Madras plague regulations in force outside the Presidency town - Volume 5
Disease focus: Plague
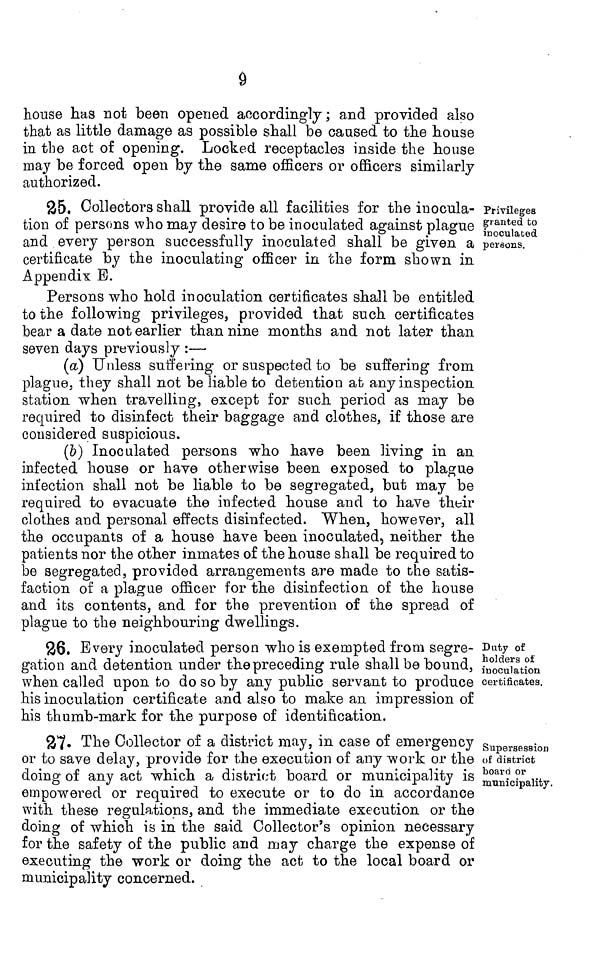
9
house has not been opened accordingly; and provided also
that as little damage as possible shall be caused to the house
in the act of opening. Locked receptacles inside the house
may be forced open by the same officers or officers similarly
authorized.
Privileges
granted to
inoculated
persons.
25. Collectors shall provide all facilities for the inocula-
tion of persons who may desire to be inoculated against plague
and every person successfully inoculated shall be given a
certificate by the inoculating officer in the form shown in
Appendix B.
Persons who hold inoculation certificates shall be entitled
to the following privileges, provided that such certificates
bear a date not earlier than nine months and not later than
seven days previously :—•
(a) Unless suffering or suspected to be suffering from
plague, they shall not be liable to detention at any inspection
station when travelling, except for such period as may be
required to disinfect their baggage and clothes, if those are
considered suspicious.
(b) Inoculated persons who have been living in an
infected house or have otherwise been exposed to plague
infection shall not be liable to be segregated, but may be
required to evacuate the infected house and to have their
clothes and personal effects disinfected. When, however, all
the occupants of a house have been inoculated, neither the
patients nor the other inmates of the house shall be required to
be segregated, provided arrangements are made to the satis-
faction of a plague officer for the disinfection of the house
and its contents, and for the prevention of the spread of
plague to the neighbouring dwellings.
Duty of
holders of
inoculation
certificates.
26. Every inoculated person who is exempted from segre-
gation and detention under the preceding rule shall be bound,
when called upon to do so by any public servant to produce
his inoculation certificate and also to make an impression of
his thumb-mark for the purpose of identification.
Supersession
of district
board or
municipality.
27 The Collector of a district may, in case of emergency
or to save delay, provide for the execution of any work or the
doing of any act which a district board or municipality is
empowered or required to execute or to do in accordance
with these regulations, and the immediate execution or the
doing of which is in the said Collector's opinion necessary
for the safety of the public and may charge the expense of
executing the work or doing the act to the local board or
municipality concerned.